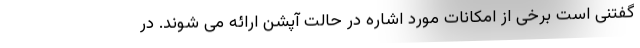
گفتنی است برخی از امکانات مورد اشاره در حالت آپشن ارائه می شوند. در